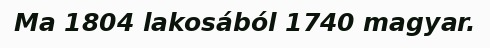
Ma 1804 lakosából 1740 magyar.